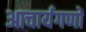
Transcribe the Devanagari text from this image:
आचार्यगणों